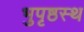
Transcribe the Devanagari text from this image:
भुपृष्ठस्थ